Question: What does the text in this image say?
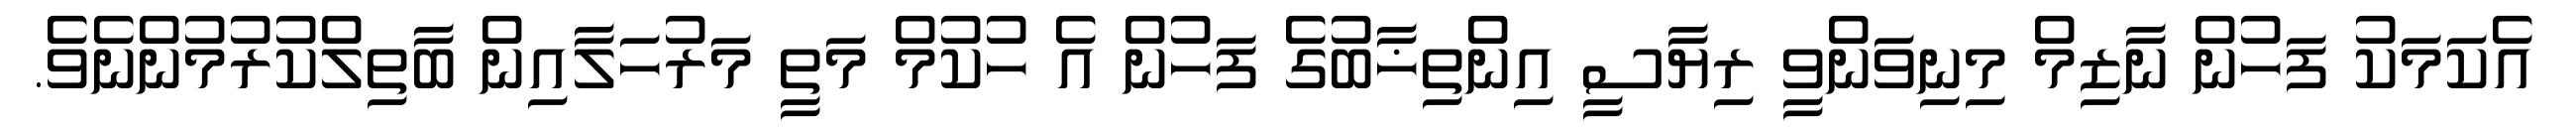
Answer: އެކަމަކު ފަހުން ނާޒިމް މިނިވަންވީ ރިޔާސީ އިންތިޚާބުގެ ފަހުން އެ ހުކުމް މަތީ މަރުހަލާއިން ބާތިލްކުރުމުންނެވެ.